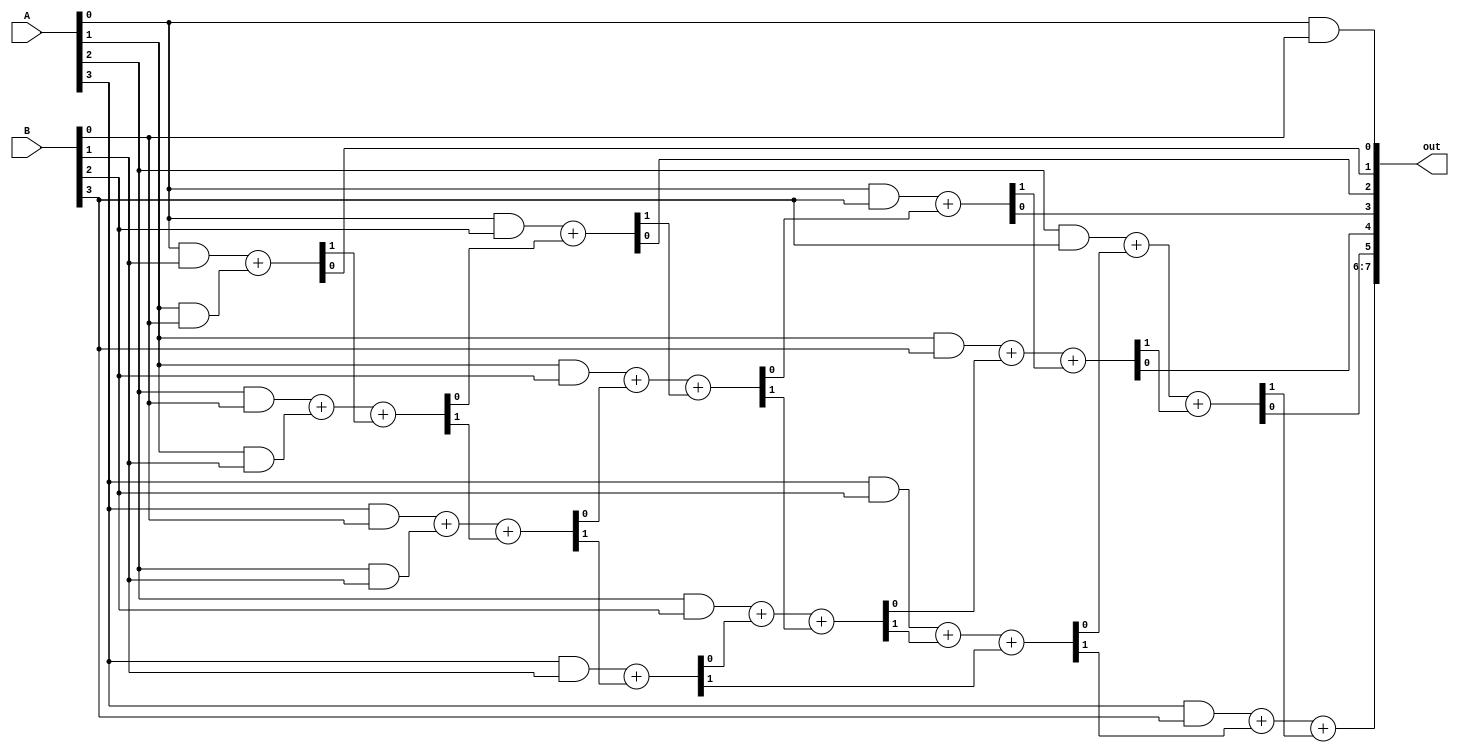
module IMUL
(
input wire [3:0] A,
input wire [3:0] B,
output reg [7:0] out
);

reg rC1, rC2, rC3; //registros para los llevos
reg [2:0] rT1, rT2; //registros temporales

always @ (*) begin

//R0
out[0] =A[0] & B[0];

//R1
{rC1, out[1]} = (A[0] & B[1]) + (A[1] & B[0]);

//R2
{rC1, rT1[0]} = (A[2] & B[0]) + (A[1] & B[1]) + rC1;
{rC2, out[2]} = (A[0] & B[2]) + rT1[0];

//R3
{rC1, rT1[1]} = (A[3] & B[0]) + (A[2] & B[1]) + rC1;
{rC2, rT2[0]} = (A[1] & B[2]) + rT1[1] + rC2;
{rC3, out[3]} = (A[0] & B[3]) + rT2[0];

//R4
{rC1, rT1[2]} = (A[3] & B[1]) + rC1;
{rC2, rT2[1]} = (A[2] & B[2]) + rT1[2] + rC2;
{rC3, out[4]} = (A[1] & B[3]) + rT2[1] + rC3;

//R5
{rC2, rT2[2]} = (A[3] & B[2]) + rC2 + rC1;
{rC3, out[5]} = (A[2] & B[3]) + rT2[2] + rC3;

//R6 y R7.
{out[7], out[6]} = (A[3] & B[3]) + rC2 + rC3;

end 
endmodule